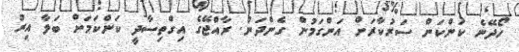
ހޯދޭނެ ކަންކަން ސަރުކާރަށް އަންގަމުން ގެންދަން. ރާއްޖޭގެ އިގްތިސާދީ ކަންކަމަށް ބަލާ އިރު